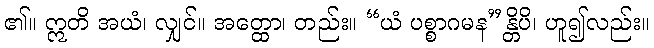
၏။ ဣတိ အယံ၊ လျှင်။ အတ္ထော၊ တည်း။ “ယံ ပစ္စာဂမန”န္တိပိ၊ ဟူ၍လည်း။